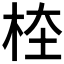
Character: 𣑖